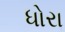
ધોરા